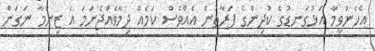
އެހެންވީމާ އަޅުގަނޑުގެ ކުދިންގެ ފަރާތުން އެއްވެސް ކަމެއް ދިމާވެއްޖެނަމަ އެ ޒިންމާ ނަގަން